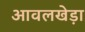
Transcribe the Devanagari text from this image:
आवलखेड़ा